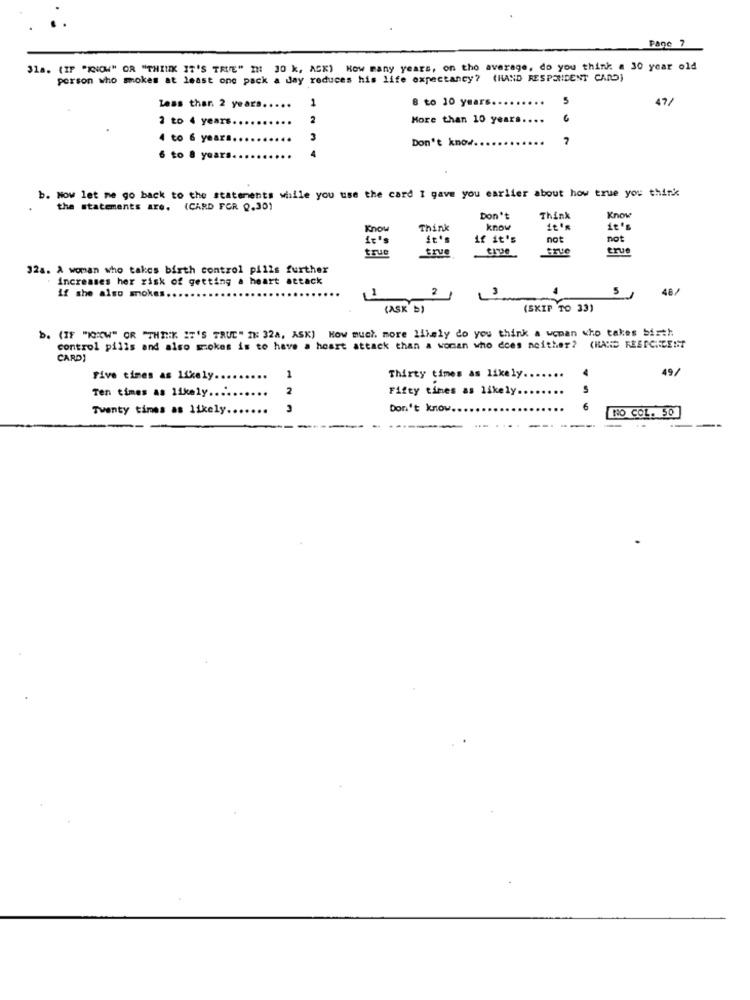
Pane 7
31a. (IP "KNOW" OR "THINK IT'S TRUE" IN 30 k, ASK) How many years, on the average, do you think a 30 year old
person who mokes at least one pack a day reduces his life expectancy? (HAND RESPONDENT CARD)
8 to 10 years
5
47/
Less ther. 2 years ....
1
3 to 4 years.
2
More than 10 year
to 6 years.
3
Don't know.
4
6 to 8 years.
b. How let me go back to the statements while you use the card I gave you earlier about how true you think
the statements are. (CARD FOR 0,30)
Don't
Think
Know
Know
Think
know
it's
it's
if it's
not
not
true
true
true
32a. A woman who takes birth control pills further
Increases her risk of getting a heart attack
if she also mokes ..
3
5
46/
1
21
L
(ASK b)
(SKIP TO 33)
b. (IF "KW" OR "THINK IT'S TRUE" IN 324, ASK) How much more likely do you think a woman who takes bisth
control pills and also szokes is to have a heart attack than a woman who does neither?
CHAND FESTCHEENT
CARD!
19
Five times as likely ..
1
Thirty times as likely ..
Ten times as likely ....
2
Fifty times as likely.
Twenty times as likely ..
Don't know.
NO COL. 50